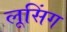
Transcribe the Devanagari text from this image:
लूसिंग